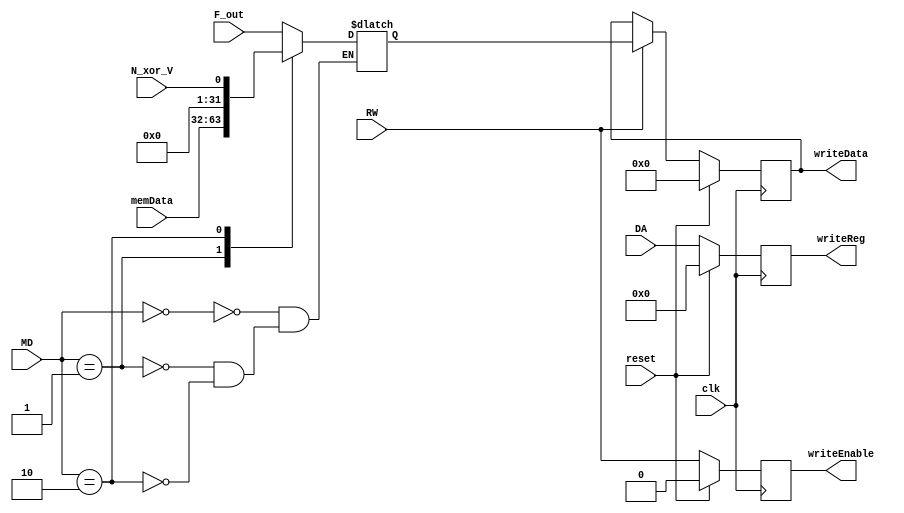
module WBStage(
    input clk,
    input reset,
    input [31:0] F_out,  
    input [31:0] memData,    
    input [4:0] DA,
    input RW,      
    input [1:0] MD,
    input N_xor_V,
    output reg [31:0] writeData,   // Data to write to the register file
    output reg [4:0] writeReg,     // Register number to be written to
    output reg writeEnable          // Signal to enable writing to the register
);
    reg [31:0] D_data;
    
    always @(*) begin
    case(MD)
    2'b00: D_data = F_out;
    2'b01: D_data = memData;
    2'b10: D_data = {31'd0, N_xor_V};
    endcase
    end
    
    
    always @(posedge clk) begin
        if (reset) begin
            writeData <= 0;
            writeReg <= 0;
            writeEnable <= 0;
        end else begin
        if (RW)
            writeData <= D_data;
            writeReg <= DA;
            writeEnable <= RW;
        end
    end

endmodule